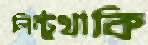
লিন্টুথাকি